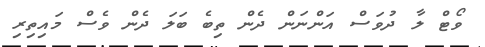
ވޯޓް ލާ ދުވަސް އަންނަން ދެން ތިބެ ބަލަ ދެން ވެސް މައިތިރި